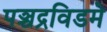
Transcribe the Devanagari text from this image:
पञ्चद्रविडमे